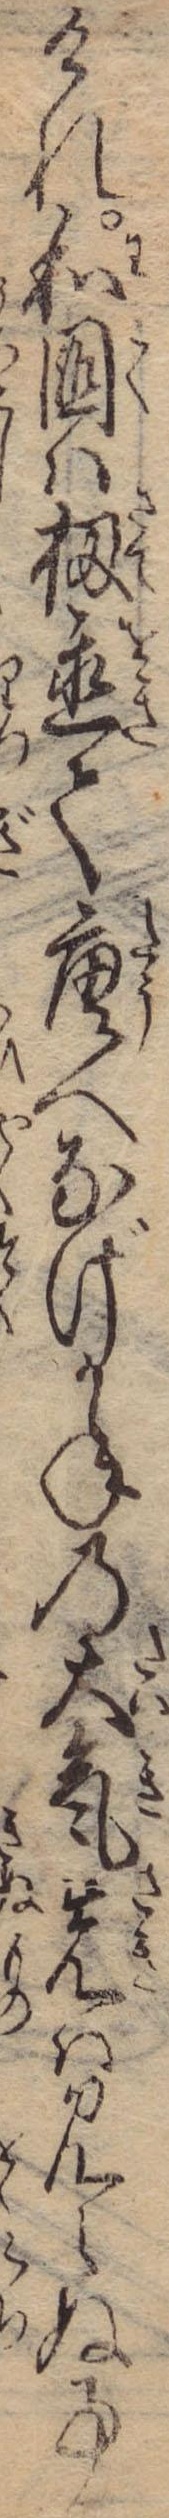
けれ和国は扨置て唐へなげかねの大気先は見えぬ事